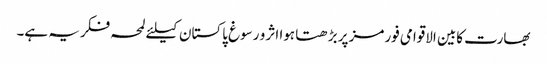
بھارت کابین الاقوامی فورمز پر بڑھتا ہوا اثر و رسوغ پاکستان کیلئے لمحہ فکریہ ہے۔